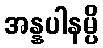
အန္နပါနမ္ပိ